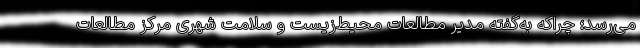
می‌رسد؛ چراکه به‌گفته مدیر مطالعات محیط‌زیست و سلامت شهری مرکز مطالعات